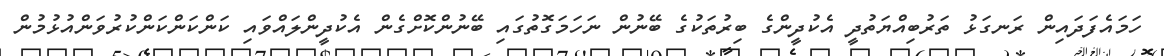
ހަމައެފަދައިން ރަނގަޅު ތަރުބިއްޔަތުދީ އެކުދީންގެ ބިރުތަކުގެ ބޭނުން ނަހަމަގޮތުގައި ބޭނުންކޮށްގެން އެކުދީންލައްވައި ކަންކަންކަންކުރުވަންއުޅުމުން